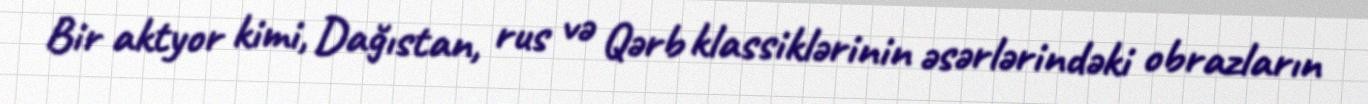
Bir aktyor kimi, Dağıstan, rus və Qərb klassiklərinin əsərlərindəki obrazların